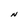
Character: N